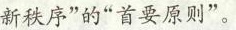
新秩序”的”首要原则”。